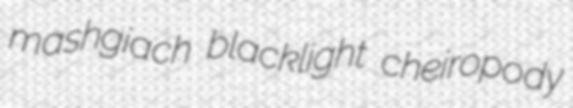
mashgiach blacklight cheiropody